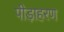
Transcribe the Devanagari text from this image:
पीड़ाहरण